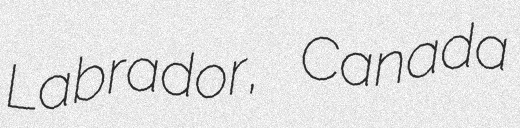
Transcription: Labrador, Canada